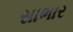
સાભાર